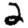
Digit: 2